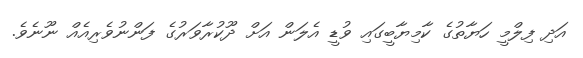
އަދި ފިލްމީ ހަޔާތުގެ ކާމިޔާބީގައި ވުޑީ އެލަން އަށް ދޫކުރާވަރުގެ ފަންނުވެރިއެއް ނޫނެވެ.